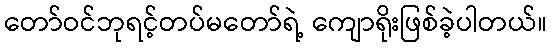
တော်ဝင်ဘုရင့်တပ်မတော်ရဲ့ ကျောရိုးဖြစ်ခဲ့ပါတယ်။